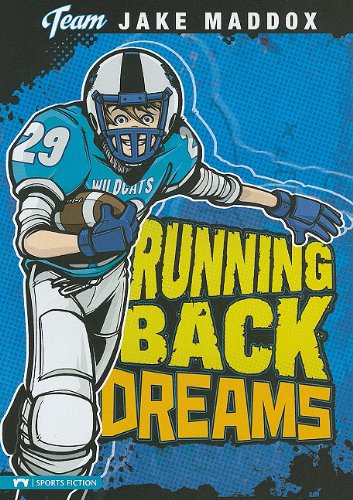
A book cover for Running Back Dreams (Team Jake Maddox Sports Stories); Jake Maddox; Children's Books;